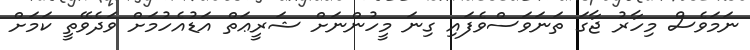
ނަމަވެސް މިހާރު ޖާގަ ތަނަވަސްވެފައި ގިނަ މީހުންނަށް ޝަރީޢަތް އަޑުއެހުމަށް ވަދެވޭތީ ކަމަށް